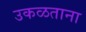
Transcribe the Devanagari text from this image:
उकळताना